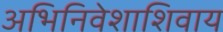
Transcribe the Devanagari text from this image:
अभिनिवेशाशिवाय